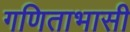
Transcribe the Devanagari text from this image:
गणिताभासी